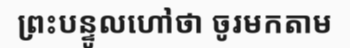
ព្រះបន្ទូលហៅថា ចូរមកតាម